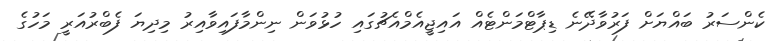
ކެންސަރު ބައްޔަށް ފަރުވާދޭނެ ޑިޕާޓްމަންޓެއް އައިޖީއެމްއެޗުގައި ހުޅުވަން ނިންމާފައިވާއިރު މިދިޔަ ފެބްރުއަރީ މަހުގެ